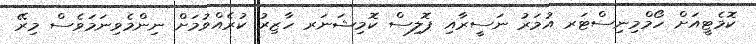
ކޮމެޓީއަށް ހޯމްމިނިސްޓަރ އުމަރު ނަސީރާއި ޕޮލިސް ކޮމިޝަނަރ ހާޒިރު ކުރެއްވުމަށް ނިންމެވިނަމަވެސް މިރޭ